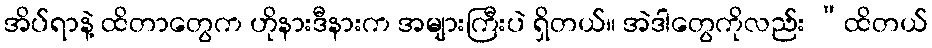
အိပ်ရာနဲ့ ထိတာတွေက ဟိုနားဒီနားက အများကြီးပဲ ရှိတယ်။ အဲဒါတွေကိုလည်း “ထိတယ်